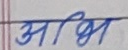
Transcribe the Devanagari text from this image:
अभि